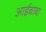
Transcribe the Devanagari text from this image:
आईबाबा